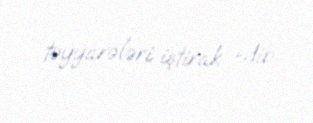
təyyarələri iştirak edib.